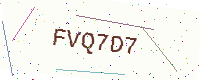
Text: FVQ7D7